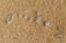
اعطيتني